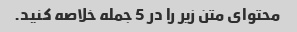
محتوای متن زیر را در 5 جمله خلاصه کنید.